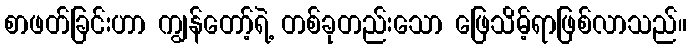
စာဖတ်ခြင်းဟာ ကျွန်တော့်ရဲ့ တစ်ခုတည်းသော ဖြေသိမ့်ရာဖြစ်လာသည်။